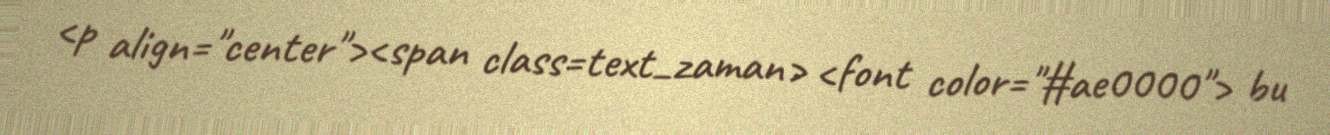
<p align="center"><span class=text_zaman> <font color="#ae0000"> bu